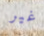
غير